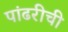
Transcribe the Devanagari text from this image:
पांढरीची